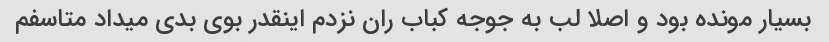
بسیار مونده بود و اصلا لب به جوجه کباب ران نزدم اینقدر بوی بدی میداد متاسفم